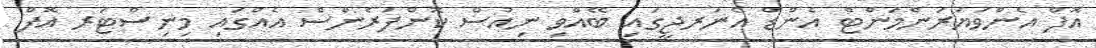
އޮފް އެންވަޔަރަންމަންޓް އެންޑް އެނަރޖީގައި ބޭއްވި ނިއުސް ކޮންފަރެންސް އެއްގައި މިނިސްޓަރ އޮފް